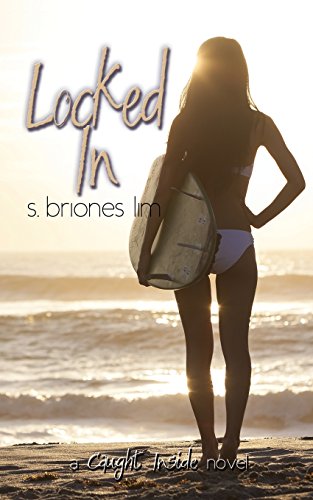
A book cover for Locked In (Caught Inside Series) (Volume 2); S. Briones Lim; Literature & Fiction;